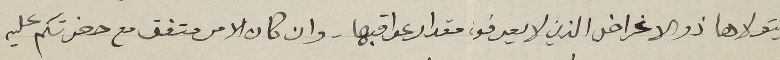
يتولاها ذو الاغراض الذين لا يعرفوا مقدار عواقبها. وان كان الامر متفق مع حضرتكم عليه